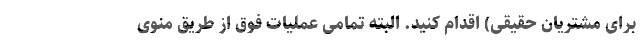
برای مشتریان حقیقی) اقدام کنید. البته تمامی عملیات فوق از طریق منوی